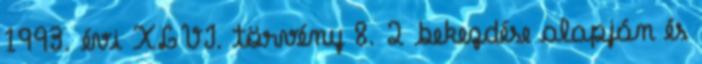
1993. évi XLVI. törvény 8. 2 bekezdése alapján és